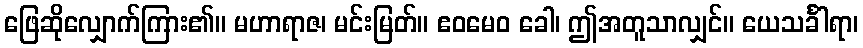
ဖြေဆိုလျှောက်ကြား၏။ မဟာရာဇ၊ မင်းမြတ်။ ဧဝမေဝ ခေါ၊ ဤအတူသာလျှင်။ ယေသင်္ခါရာ၊